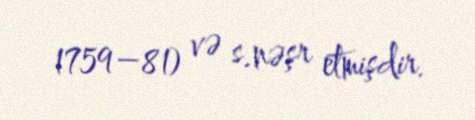
1759–81) və s.nəşr etmişdir.